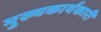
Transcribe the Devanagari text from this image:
मुख्यकार्यकारी